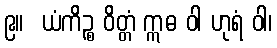
၉။  ယံကိဉ္စ ဝိတ္တံ ဣဓ ဝါ ဟုရံ ဝါ၊